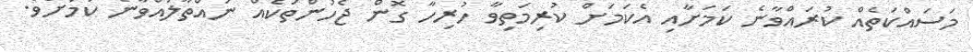
މަސައްކަތެއް ކުރައްވާނެ ކަމަށާއި އެކަމަށް ކުރިމަތިވާ ހުރިހާ ގޮން ޖެހުންތަކެއް ނައްތާލައްވާނެ ކަމަށެވެ.